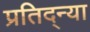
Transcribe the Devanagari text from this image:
प्रतिद्न्या